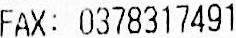
FAX: 0378317491